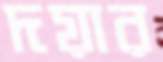
দয়ার